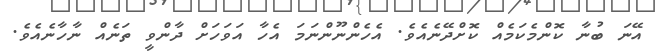
އޭނަ ބުނާ ކޮންމެކަމެއް ކޮށްދޭނެއެވެ. އެހެންނޫންނަމަ އެހާ އަވަހަށް ދާންވީ ތަނެއް ނާހާނެއެވެ.